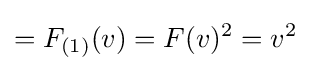
=F_{({\scriptstyle {\text{1}}})}(v)=F(v)^{2}=v^{2}